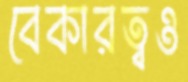
বেকারত্বও